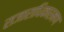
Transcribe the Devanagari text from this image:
राजाराधिकारमण